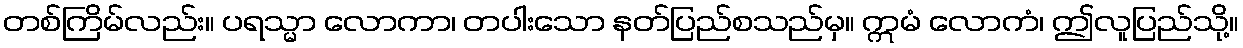
တစ်ကြိမ်လည်း။ ပရသ္မာ လောကာ၊ တပါးသော နတ်ပြည်စသည်မှ။ ဣမံ လောကံ၊ ဤလူပြည်သို့။